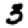
Digit: 3